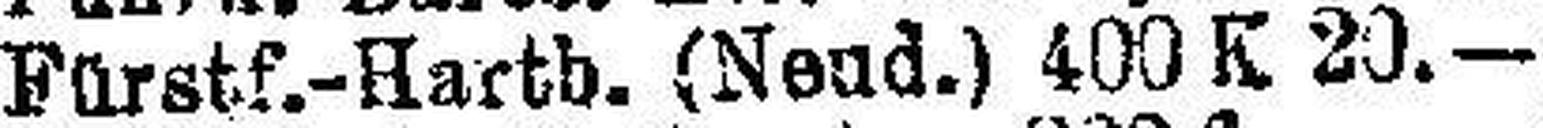
Fürstf.-Hartb. (Neud.) 400 K 20.—